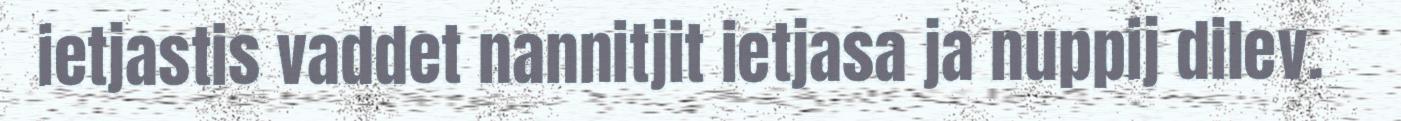
ietjastis vaddet nannitjit ietjasa ja nuppij dilev.